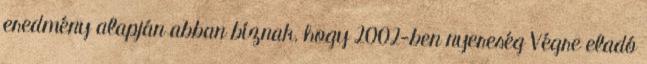
eredmény alapján abban bíznak, hogy 2002-ben nyereség Végre eladó